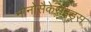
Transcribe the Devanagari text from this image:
मोनोसैकेराइड्स